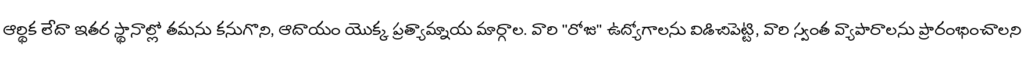
ఆర్థిక లేదా ఇతర స్థానాల్లో తమను కనుగొని, ఆదాయం యొక్క ప్రత్యామ్నాయ మార్గాల. వారి "రోజు" ఉద్యోగాలను విడిచిపెట్టి, వారి స్వంత వ్యాపారాలను ప్రారంభించాలని